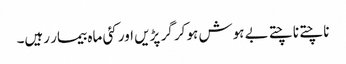
ناچتے ناچتے بے ہوش ہو کر گر پڑیں اور کئی ماہ بیمار رہیں۔